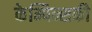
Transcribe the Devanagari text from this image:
केम्पिन्सकी